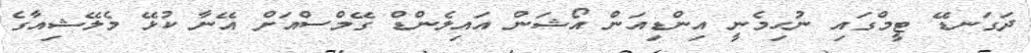
ދަގަނޑޭ ޓީމްގައި ނުހިމެނީ އިންޑިއަން އޯޝަން އައިލެންޑް ގޭމްސްއަށް އޭނާ ކުޅޭ މެލޭޝިއާގެ